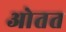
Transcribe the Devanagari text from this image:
ओतत